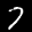
Label: 7